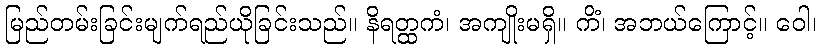
မြည်တမ်းခြင်းမျက်ရည်ယိုခြင်းသည်။ နိရတ္ထကံ၊ အကျိုးမရှိ။ ကိံ၊ အဘယ်ကြောင့်။ ဝေါ၊